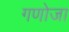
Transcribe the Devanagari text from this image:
गणोजा